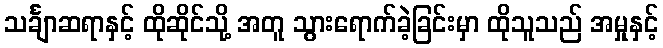
သင်္ချာဆရာနှင့် ထိုဆိုင်သို့ အတူ သွားရောက်ခဲ့ခြင်းမှာ ထိုသူသည် အမှုနှင့်